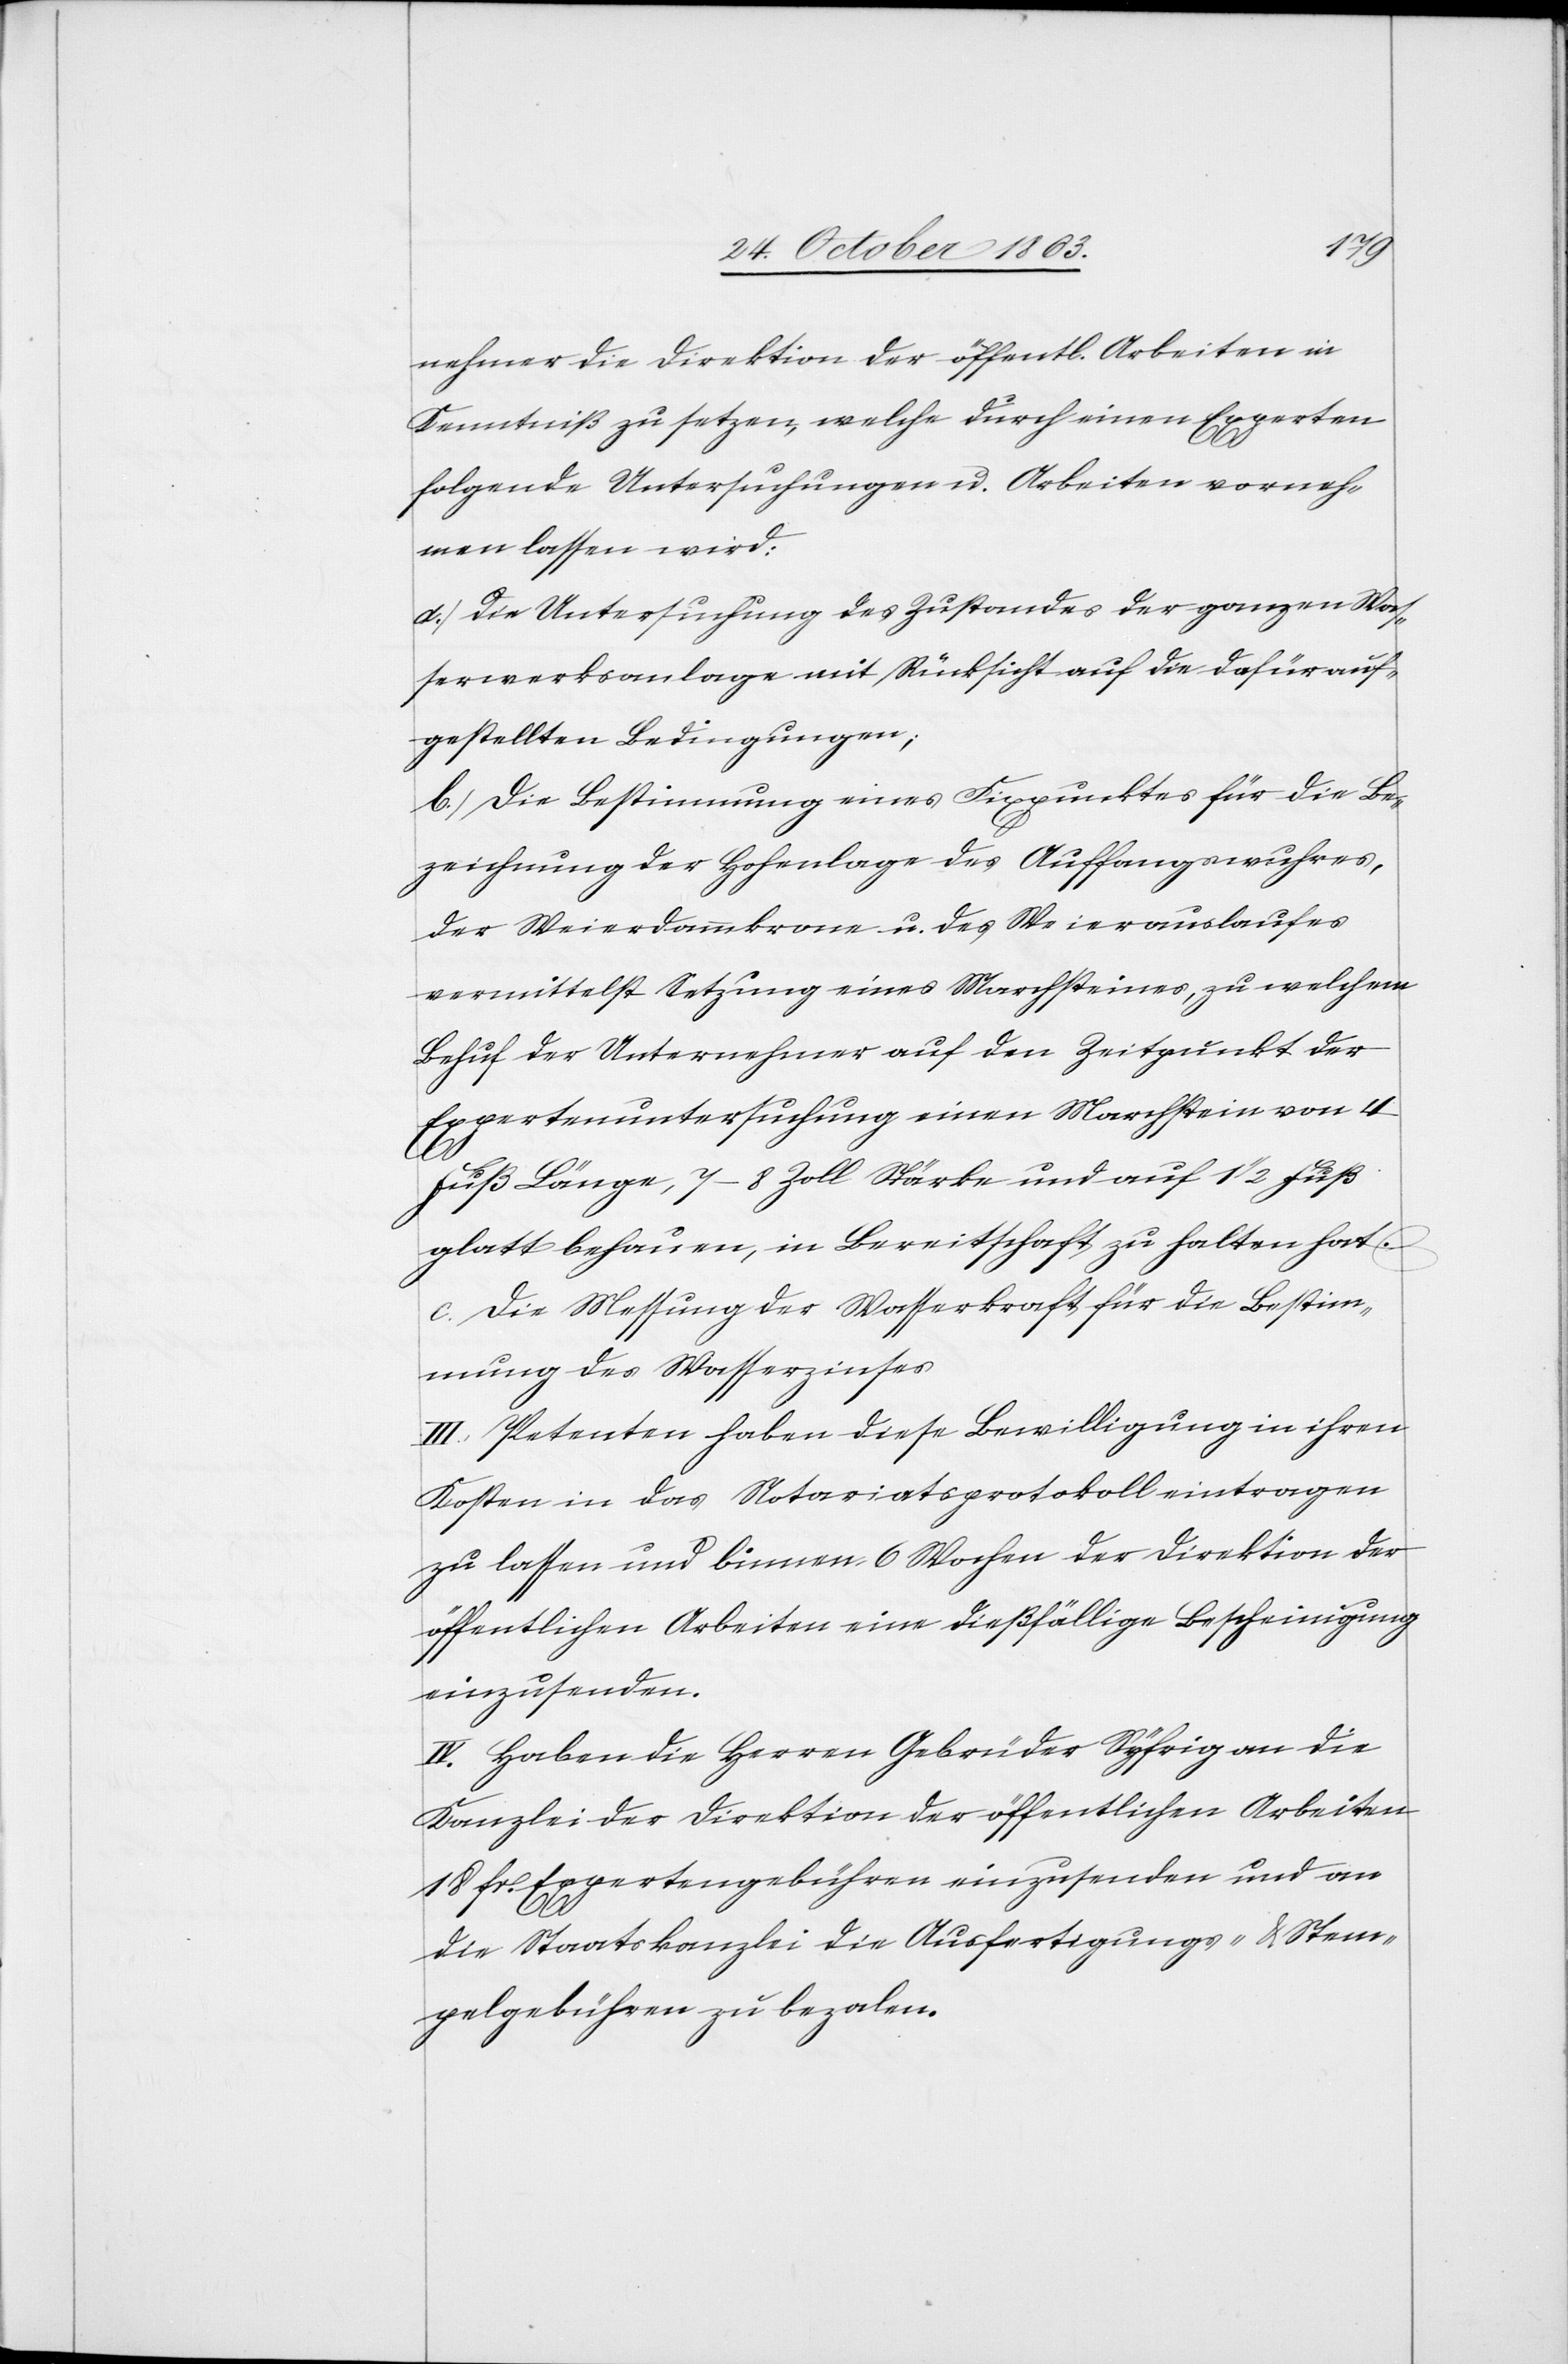
nehmer die Direktion der öffentlichen Arbeiten in
Kenntniß zu setzen, welche durch einen Experten
folgende Untersuchungen u. Arbeiten vorneh¬
men lassen wird:
a.) Die Untersuchung des Zustandes der ganzen Was¬
serwerksanlage mit Rücksicht auf die dafür auf¬
gestellten Bedingungen;
b.) Die Bestimmung eines Fixpunktes für die Be¬
zeichnung der Hohenlage [sic!] des Auffangswuhres,
der Weierdammkrone u. des Weierauslaufes
vermittelst Setzung eines Marchsteines, zu welchem
Behuf der Unternehmer auf den Zeitpunkt der
Expertenuntersuchung einen Marchstein von 4
Fuß Länge, 7–8 Zoll Stärke und auf 1 1/2 Fuß
glatt behauen, in Bereitschaft zu halten hat.
c.) Die Messung der Wasserkraft für die Bestim¬
mung des Wasserzinses
III. Petenten haben diese Bewilligung in ihren
Kosten in das Notariatsprotokoll eintragen
zu lassen und binnen 6 Wochen der Direktion der
öffentlichen Arbeiten eine dießfällige Bescheinigung
einzusenden.
IV. Haben die Herren Gebrüder Syfrig an die
Kanzlei der Direktion der öffentlichen Arbeiten
18 fr. Expertengebühren einzusenden und an
die Staatskanzlei die Ausfertigungs- & Stem¬
pelgebühren zu bezalen.